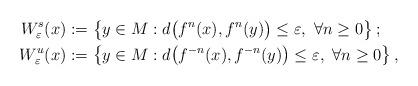
LaTeX: \begin{align*} W^s_\varepsilon(x)&:=\left\{y\in M:d\big(f^n(x),f^n(y)\big) \leq\varepsilon,\ \forall n\geq 0\right\}; \\ W^u_\varepsilon(x)&:=\left\{y\in M:d\big(f^{-n}(x),f^{-n}(y)\big) \leq\varepsilon,\ \forall n\geq 0\right\}, \end{align*}